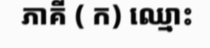
ភាគី ( ក) ឈ្មោះ